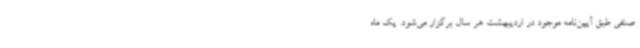
صنفی طبق آیین‌نامه موجود در اردیبهشت هر سال برگزار می‌شود. یک ماه